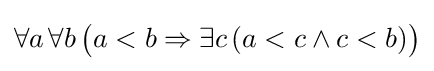
\forall a\,\forall b\,{\bigl (}a<b\Rightarrow \exists c\,(a<c\wedge c<b){\bigr )}